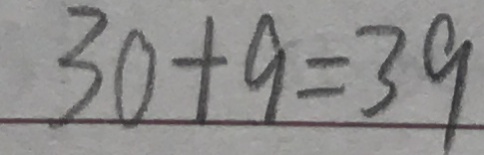
3 0 + 9 = 3 9